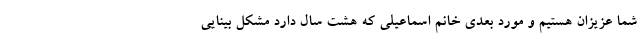
شما عزيزان هستیم و مورد بعدی خانم اسماعیلی که هشت سال دارد مشکل بینایی